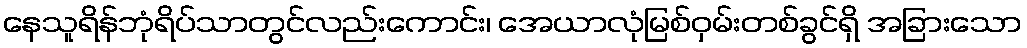
နေသူရိန်ဘုံရိပ်သာတွင်လည်းကောင်း၊ အေယာလုံမြစ်ဝှမ်းတစ်ခွင်ရှိ အခြားသော